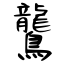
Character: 鸗